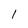
Character: 1